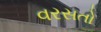
વરસતો